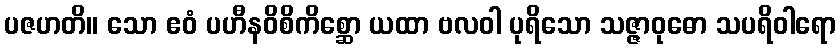
ပဇဟတိ။ သော ဧဝံ ပဟီနဝိစိကိစ္ဆော ယထာ ဗလဝါ ပုရိသော သဇ္ဇာဝုဓော သပရိဝါရော